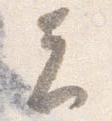
者